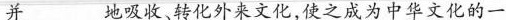
并______地吸收、转化外来文化，使之成为中华文化的一